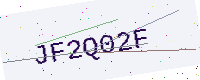
Text: JF2Q02F